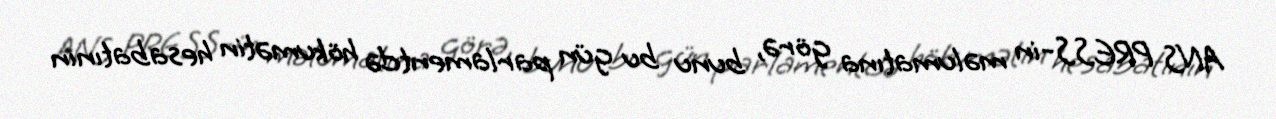
ANS PRESS-in məlumatına görə, bunu bu gün parlamentdə hökumətin hesabatının